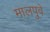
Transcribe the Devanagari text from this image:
मालपुवे